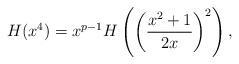
\begin{align*} H(x^4)=x^{p-1}H\left(\left(\frac{x^2+1}{2x}\right)^2\right),\end{align*}